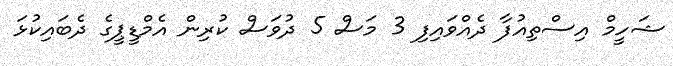
ޝަހީމް އިސްތިއުފާ ދެއްވައިފި 3 މަސް 5 ދުވަސް ކުރިން އެމްޑީޕީގެ ދެބައިކުޅަ